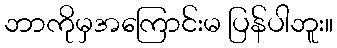
ဘာကိုမှအကြောင်းမ ပြန်ပါဘူး။